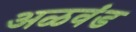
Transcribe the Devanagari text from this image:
अळवंड